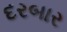
દરબાર